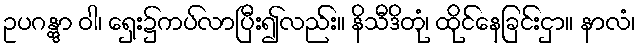
ဥပဂန္တွာ ဝါ၊ ရှေး၌ကပ်လာပြီး၍လည်း။ နိသီဒိတုံ၊ ထိုင်နေခြင်းငှာ။ နာလံ၊